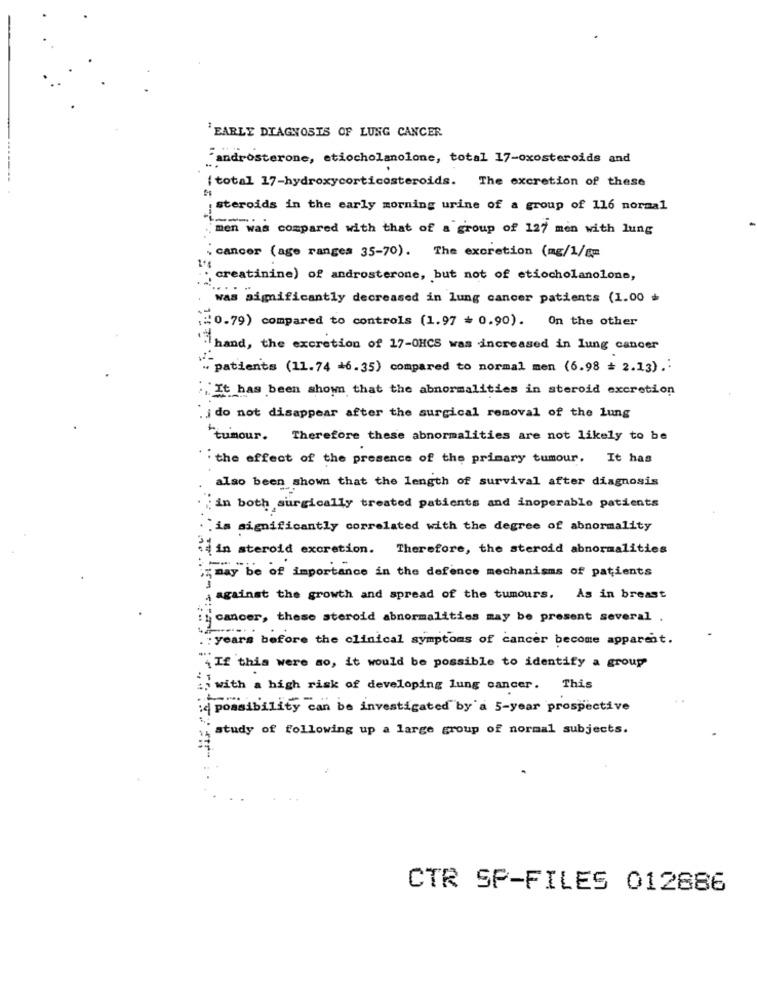
'EARLY DIAGNOSIS OF LUNG CANCER
"androsterone, etiocholanolone, total 17-oxosteroids and
{ total 17-hydroxycorticosteroids. The excretion of these
steroids in the early morning urine of a group of 116 normal
men was compared with that of a group of 127 men with lung
cancer (age ranges 35-70). The excretion (mg/1/8m
" creatinine) of androsterone, but not of etiocholanolone,
was significantly decreased in lung cancer patients (1.00 +
#0.79) compared to controls (1.97 = 0.90). On the other
hand, the excretion of 17-0HCS was increased in lung cancer
"patients (11.74 +6.35) compared to normal men (6.98 = 2.13) .:
It has been shown that the abnormalities in steroid excretion
"j do not disappear after the surgical removal of the lung
"tumour. Therefore these abnormalities are not likely to be
``the effect of the presence of the primary tumour. It has
also been shown that the length of survival after diagnosis
in both surgically treated patients and inoperable patients
is significantly correlated with the degree of abnormality
in steroid excretion. Therefore, the steroid abnormalities
may be of importance in the defence mechanisms of patients
against the growth and spread of the tumours. As in breast
cancer, these steroid abnormalities may be present several .
. : years before the clinical symptoms of cancer become apparent.
...
{ If this were so, it would be possible to identify a group
:j with a high risk of developing lung cancer. This
possibility can be investigated by'a 5-year prospective
study of following up a large group of normal subjects.
CTR SP-FILES 012886